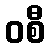
ဝစီ